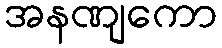
အနဏျကော